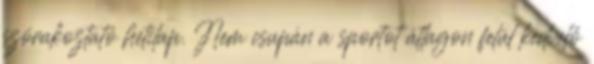
szórakoztató hetilap. Nem csupán a sportot átlagon felül kedvelő